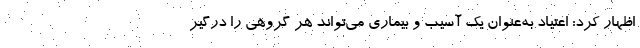
اظهار کرد: اعتیاد به‌عنوان یک آسیب و بیماری می‌تواند هر گروهی را درگیر